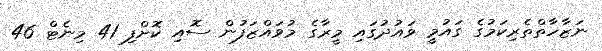
ނަޒާހާތްތެރިކަމުގެ ގައުމީ ވައުދުގައި މީރާގެ މުވައްޒަފުން ސޮއި ކޮށްފި 41 މިނެޓް 46